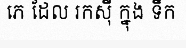
ភេ ដែល រកស៊ី ក្នុង ទឹក